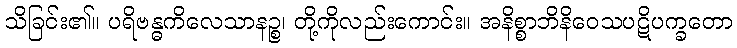
သိခြင်း၏။ ပရိဗန္ဓကိလေသာနဉ္စ၊ တို့ကိုလည်းကောင်း။ အနိစ္စာဘိနိဝေသပဋိပက္ခတော